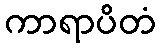
ကာရာပိတံ